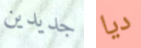
جديدين ديا